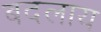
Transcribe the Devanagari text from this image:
बदलाय